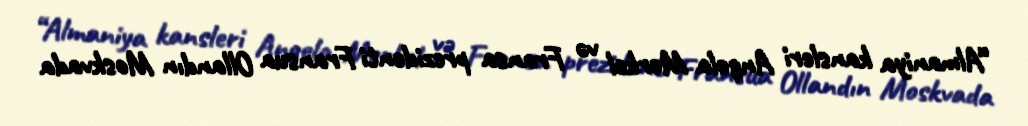
“Almaniya kansleri Angela Merkel və Fransa prezidenti Fransua Ollandın Moskvada